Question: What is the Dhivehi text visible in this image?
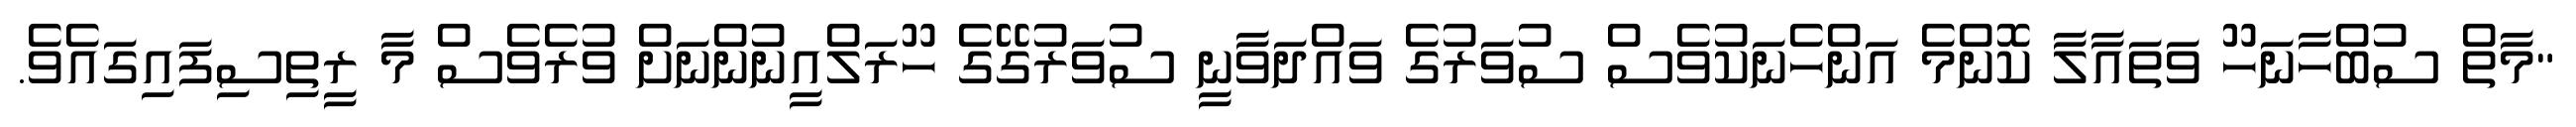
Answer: "މާތް ސުބްހާނަހޫ ވަތައާލާ ކޮންމެ އަންހެނަކުވެސް ސުވަރުގެ ވައްދަވާނީ ސުވަރުގޭގެ ހޫރަލްއީނުންނަށް ވުރެވެސް މާ ރީތިސިފައިގައެވެ.